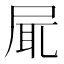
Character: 𡱷